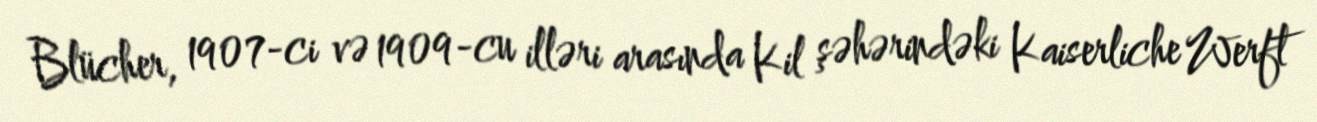
Blücher, 1907-ci və 1909-cu illəri arasında Kil şəhərindəki Kaiserliche Werft